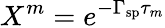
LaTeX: X^{m}=e^{-\Gamma_{\mathrm{sp}}\tau_{m}}